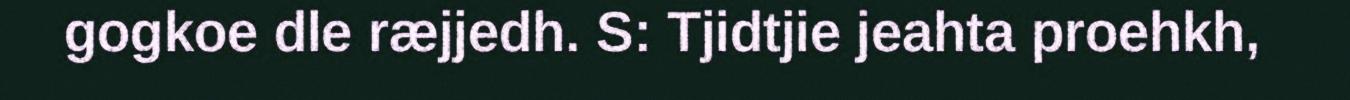
gogkoe dle ræjjedh. S: Tjidtjie jeahta proehkh,